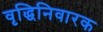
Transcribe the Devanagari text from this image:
वृद्धिनिवारक